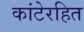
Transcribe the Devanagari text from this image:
कांटेरहित